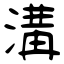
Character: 溝